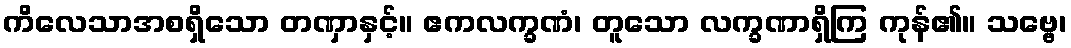
ကိလေသာအစရှိသော တဏှာနှင့်။ ဧကလက္ခဏံ၊ တူသော လက္ခဏာရှိကြ ကုန်၏။ သဗ္ဗေ၊